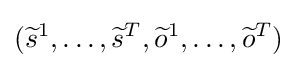
({\widetilde {s}}^{1},\dots ,{\widetilde {s}}^{T},{\widetilde {o}}^{1},\dots ,{\widetilde {o}}^{T})